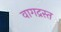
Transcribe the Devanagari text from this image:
वागद्रस्त